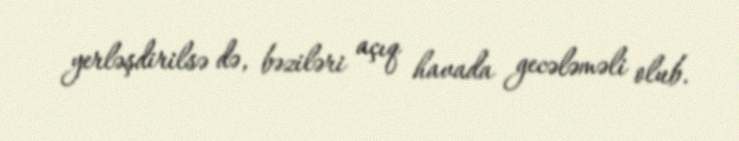
yerləşdirilsə də, bəziləri açıq havada gecələməli olub.